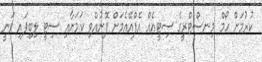
ކުރުމަށް ހޯމް މިނސްޓްރީގެ ސިޓީއެއް އެފްއޭއެމަށް ފޮނުއްވި ކަމަށާއި ސިޓީ ލިބިފައި ވަނީ